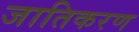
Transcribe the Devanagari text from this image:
जातिकरण